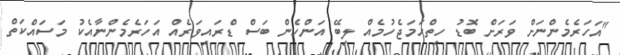
"އަހަރެމެންނަށް ވަރަށް ބޮޑު ހިތްހަމަޖެހުމެއް ލިބޭ އަންހެން ބަސް ޑްރައިވަރެއް އަހަރެމެންނާއެކު މަސައްކަތް